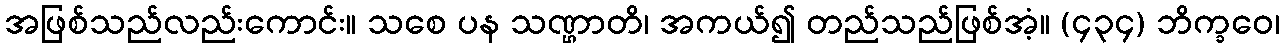
အဖြစ်သည်လည်းကောင်း။ သစေ ပန သဏ္ဌာတိ၊ အကယ်၍ တည်သည်ဖြစ်အံ့။ (၄၃၄) ဘိက္ခဝေ၊